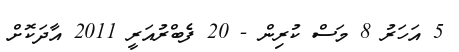
5 އަހަރު 8 މަސް ކުރިން - 20 ފެބްރުއަރީ 2011 އާދަކޮށް